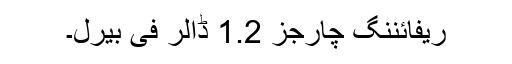
ریفائننگ چارجز 1.2 ڈالر فی بیرل۔